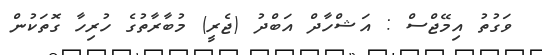
ވަގުތު އިމޭޖްސް : އަޝްހާދް އަބްދު (ޖެރީ) މުބާރާތުގެ ހުރިހާ ގޮތަކުން